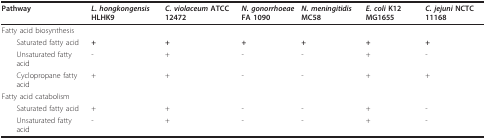
<table><thead><tr><td><b>Pathway</b></td><td><b><i>L. hongkongensis </i>HLHK9</b></td><td><b><i>C. violaceum </i>ATCC 12472</b></td><td><b><i>N. gonorrhoeae</i>FA 1090</b></td><td><b><i>N. meningitidis </i>MC58</b></td><td><b><i>E. coli </i>K12 MG1655</b></td><td><b><i>C. jejuni </i>NCTC 11168</b></td></tr></thead><tbody><tr><td>Fatty acid biosynthesis</td><td></td><td></td><td></td><td></td><td></td><td></td></tr><tr><td> Saturated fatty acid</td><td><b><i>+</i></b></td><td><b><i>+</i></b></td><td><b><i>+</i></b></td><td><b><i>+</i></b></td><td><b><i>+</i></b></td><td><b><i>+</i></b></td></tr><tr><td> Unsaturated fatty acid</td><td>-</td><td>+</td><td>-</td><td>-</td><td>+</td><td>-</td></tr><tr><td> Cyclopropane fatty acid</td><td>+</td><td>+</td><td>-</td><td>-</td><td>+</td><td>+</td></tr><tr><td>Fatty acid catabolism</td><td></td><td></td><td></td><td></td><td></td><td></td></tr><tr><td> Saturated fatty acid</td><td>+</td><td>+</td><td>-</td><td>-</td><td>+</td><td>-</td></tr><tr><td> Unsaturated fatty acid</td><td>-</td><td>+</td><td>-</td><td>-</td><td>+</td><td>-</td></tr></tbody></table>